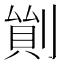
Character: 𠞿